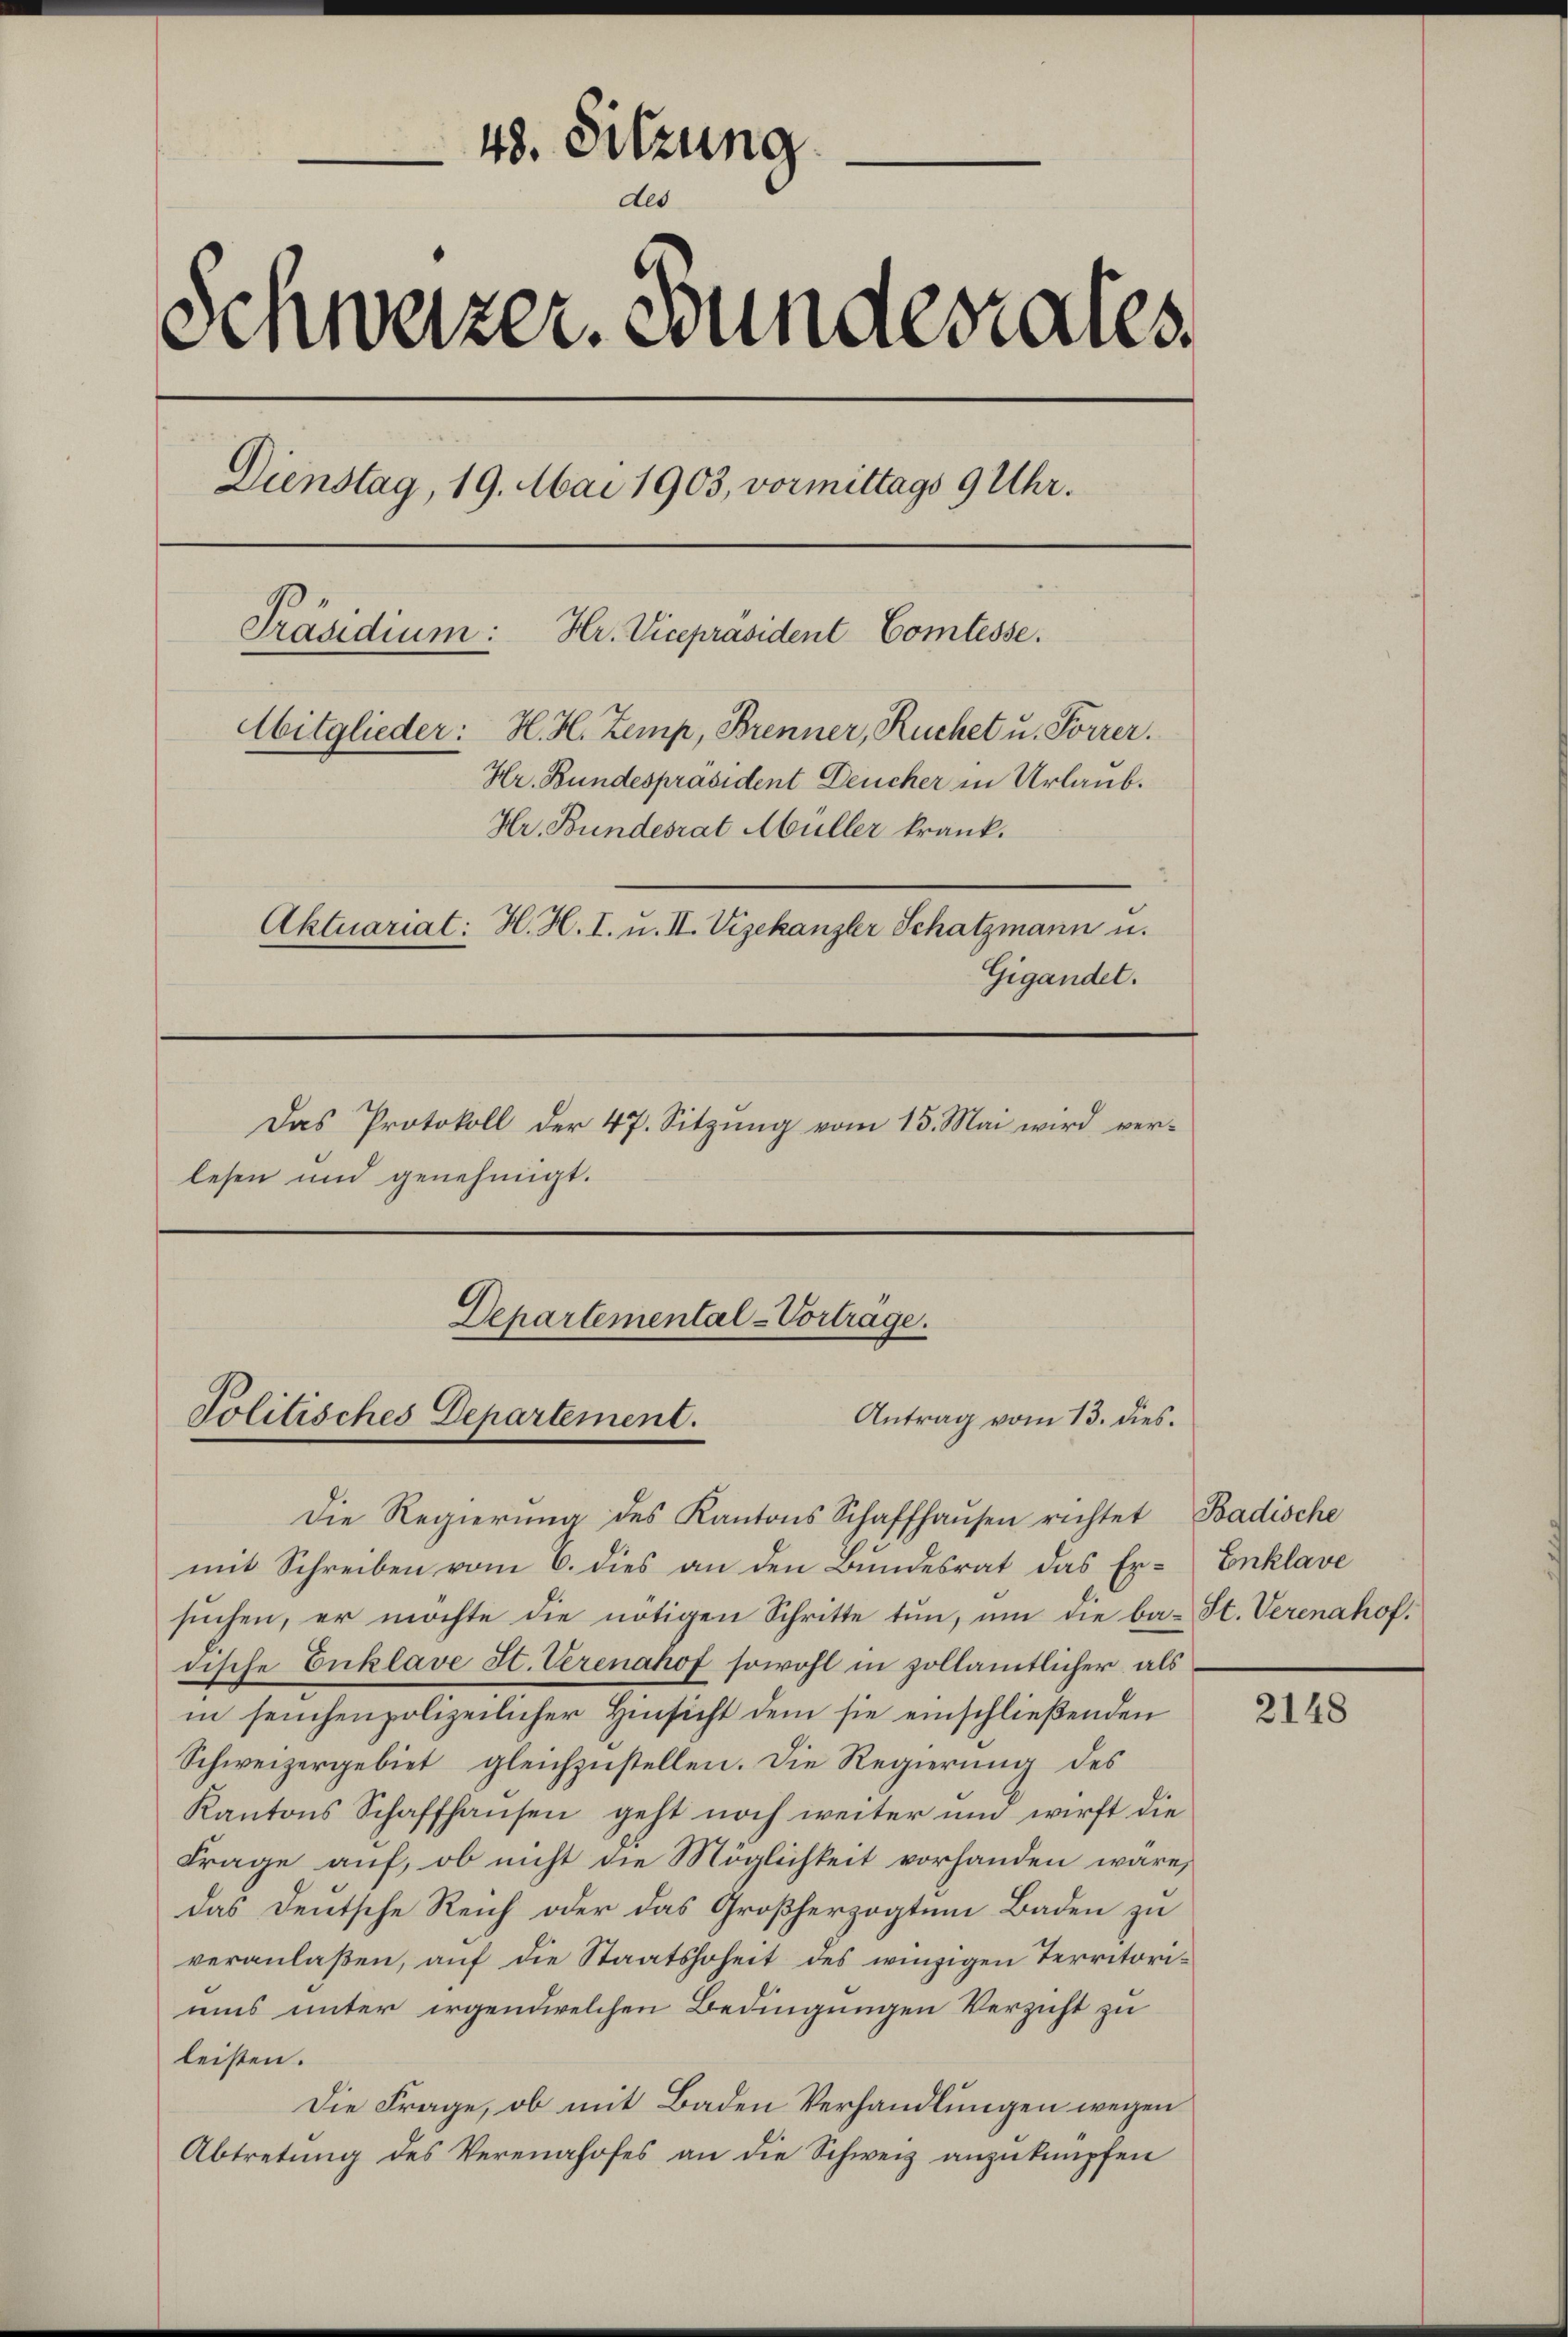
48. Sitzung
des
Schweizer. Bundesrates
Dienstag, 19. Mai 1903, vormittags 9 Uhr.
Präsidium:
Hr. Vicepräsident Comtesse.
Mitglieder: H. H. Zemp, Brenner, Ruchet u. Forrer.
Hr. Bundespräsident Deucher in Urlaub.
Hr. Bundesrat Müller krank.
Aktuariat: H. H. I. u. II. Vizekanzler Schatzmann u.
Gigandet.
Das Protokoll der 47. Sitzung vom 15. Mai wird verlesen und genehmigt.

Departemental-Vortrage.
Antrag vom 13. dies.
Politisches Departement.

Die Regierung des Kantons Schaffhausen richtet Badische
mit Schreiben vom 6. dies an den Bundesrat das Ersuchen, er möchte die nötigen Schritte tun, um die ba-St. Verenahofdische Enklave St. Verenahof sowohl in zollamtlicher als
in seuchenpolizeilicher Hinsicht dem sie einschließenden
Schweizergebiet gleichzustellen. Die Regierung des
Kantons Schaffhausen geht noch weiter und wirft die
Frage auf, ob nicht die Möglichkeit vorhanden wäre,
das Deutsche Reich oder das Großherzogtum Baden zu
veranlaßen, auf die Staatshoheit des winzigen Territoriuis unter irgendwelchen Bedingungen Verzicht zu
leisten.
Die Frage, ob mit Baden Verhandlungen wegen
Abtretung des Verennhofes an die Schweiz anzuknüpfen

Enklave

2148